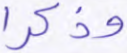
وذكرا